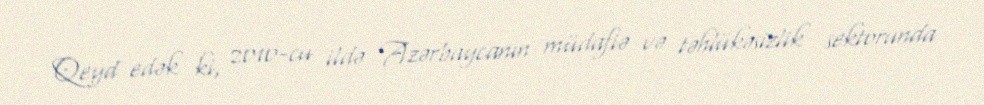
Qeyd edək ki, 2010-cu ildə Azərbaycanın müdafiə və təhlükəsizlik sektorunda